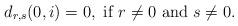
LaTeX: \begin{align*}d_{r,s}(0,i)=0,\mbox{ if }r\ne 0\mbox{ and }s\ne 0.\end{align*}